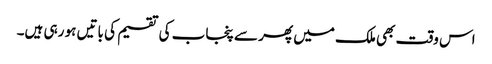
اس وقت بھی ملک میں پھر سے پنجاب کی تقسیم کی باتیں ہو رہی ہیں۔